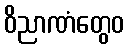
ဝိညာဏံတွေဝ